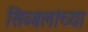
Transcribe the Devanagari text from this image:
सिब्बलांच्या